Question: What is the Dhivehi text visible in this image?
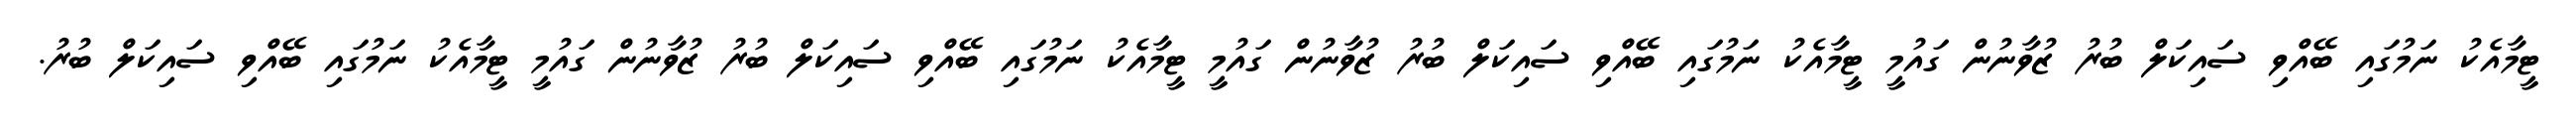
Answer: ޓީމާއެކު ނަމުގައި ބޭއްވި ސައިކަލް ބުރު ޒުވާނުން ގައުމީ ޓީމާއެކު ނަމުގައި ބޭއްވި ސައިކަލް ބުރު ޒުވާނުން ގައުމީ ޓީމާއެކު ނަމުގައި ބޭއްވި ސައިކަލް ބުރު ޒުވާނުން ގައުމީ ޓީމާއެކު ނަމުގައި ބޭއްވި ސައިކަލް ބުރު.